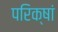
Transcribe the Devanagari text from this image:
परिक्षां